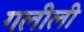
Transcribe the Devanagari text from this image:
गलीली